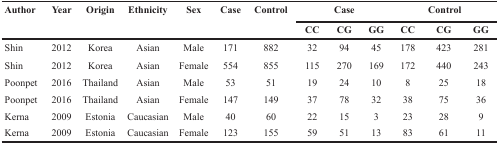
| <ROWSPAN=2> Author | <ROWSPAN=2> Year | <ROWSPAN=2> Origin | <ROWSPAN=2> Ethnicity | <ROWSPAN=2> Sex | <ROWSPAN=2> Case | <ROWSPAN=2> Control | <COLSPAN=3> Case | <COLSPAN=3> Control |
 | CC | CG | GG | CC | CG | GG |
 | --- | --- | --- | --- | --- | --- | --- | --- | --- | --- | --- | --- | --- |
 | Shin | 2012 | Korea | Asian | Male | 171 | 882 | 32 | 94 | 45 | 178 | 423 | 281 |
 | Shin | 2012 | Korea | Asian | Female | 554 | 855 | 115 | 270 | 169 | 172 | 440 | 243 |
 | Poonpet | 2016 | Thailand | Asian | Male | 53 | 51 | 19 | 24 | 10 | 8 | 25 | 18 |
 | Poonpet | 2016 | Thailand | Asian | Female | 147 | 149 | 37 | 78 | 32 | 38 | 75 | 36 |
 | Kerna | 2009 | Estonia | Caucasian | Male | 40 | 60 | 22 | 15 | 3 | 23 | 28 | 9 |
 | Kerna | 2009 | Estonia | Caucasian | Female | 123 | 155 | 59 | 51 | 13 | 83 | 61 | 11 |